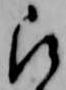
被